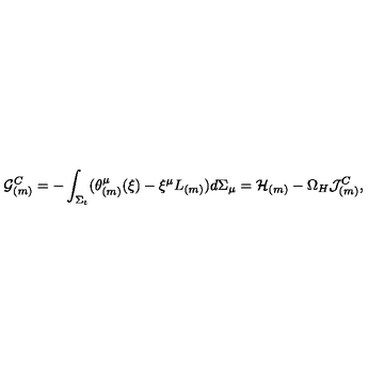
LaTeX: { \cal G } _ { ( m ) } ^ { C } = - \int _ { \Sigma _ { t } } ( \theta _ { ( m ) } ^ { \mu } ( \xi ) - \xi ^ { \mu } L _ { ( m ) } ) d \Sigma _ { \mu } = { \cal H } _ { ( m ) } - \Omega _ { H } { \cal J } _ { ( m ) } ^ { C } ,